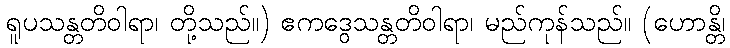
ရူပသန္တတိဝါရာ၊ တို့သည်။) ဧကဒွေသန္တတိဝါရာ၊ မည်ကုန်သည်။ (ဟောန္တိ၊